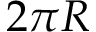
2 \pi R